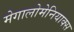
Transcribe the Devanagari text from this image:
मेगालोमेनियाक्स